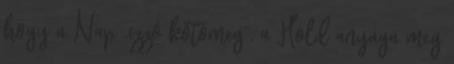
hogy a Nap „izzó kőtömeg”, a Hold anyaga meg